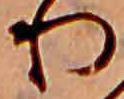
り